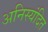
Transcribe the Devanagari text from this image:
अनिस्यंदित